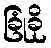
ခြုံခို